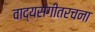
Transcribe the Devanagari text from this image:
वाद्यसंगीतरचना